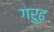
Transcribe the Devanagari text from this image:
गरुढ़